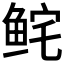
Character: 𩽽